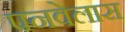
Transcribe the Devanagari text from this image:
पनवेलास